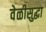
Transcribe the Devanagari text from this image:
वेळीसुद्धा